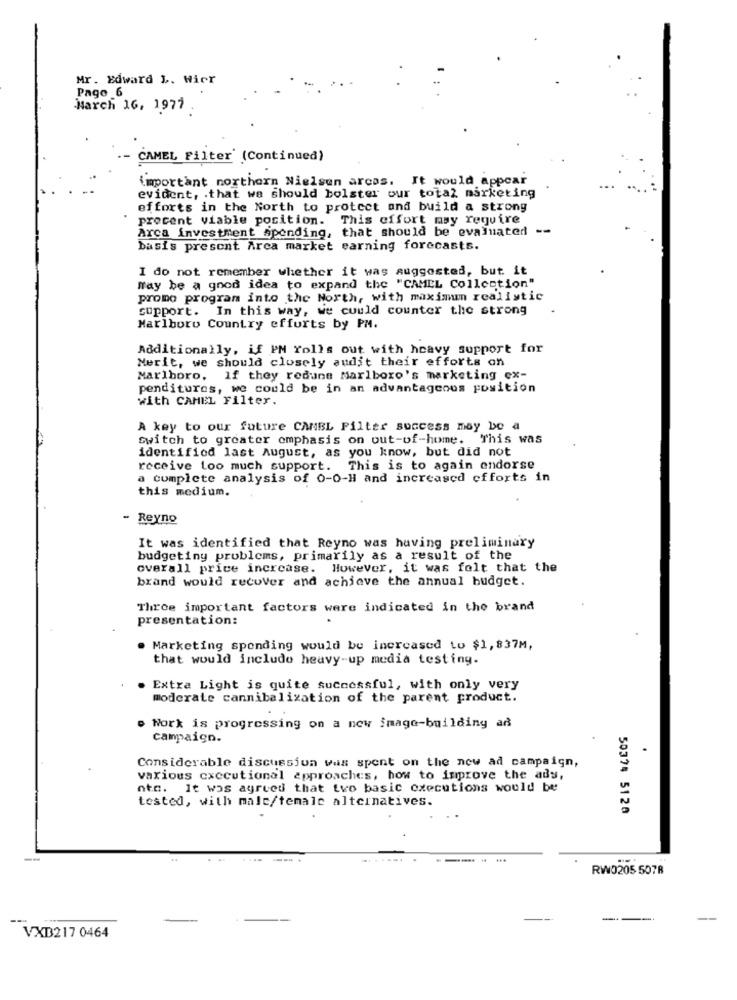
Mr. Edward L. Wier
Pago 6
March 16, 1977
CAMEL Filter' (Continued)
important northern Nielsen arcas. It would appear
evident, . that we should bolster our total marketing
efforts in the North to protect and build a strong
procent viable position. This effort may require
Arca investment Spending, that should be evaluated --
basis present Arca market earning forecasts.
I do not remember whether it was suggested, but it
May be a good idea to expand the "CAMEL Collection"
promo program into the North, with maximum realistic
support. In this way, we could counter the strong
Marlboro Country efforts by PM.
Additionally, if PM Yolls out with heavy support for
Merit, we should closely audit their efforts on
Marlboro, If they redune Marlboro's marketing ex-
penditures, we could be in an advantageous position
With CAMEL Filter.
A key to our future CAMBL Filter success may be a
Switch to greater emphasis on out-of-home. This was
identified last August, as you know, but did not
receive too much support. This is to again endorse
a complete analysis of 0-0-H and increased efforts in
this medium.
- Reyno
It was identified that Reyno was having preliminary
budgeting problems, primarily as a result of the
overall price increase. However, it was felt that the
brand would recover and achieve the annual budget.
Three important factors were indicated in the brand
presentation:
. Marketing spending would be increased to $1,837M,
that would include heavy-up media testing.
Extra Light is quite successful, with only very
moderate cannibalization of the parent product.
. Work is progressing on a new image-building ad
campaign.
Considerable discussion was spent on the new ad campaign,
various cxecutional approaches, how to improve the ads,
nto. It was agreed that tvo basic executions would be
tested, with male/temale alternatives.
50374 5120
.......
RW0205 5078
VXB217 0464